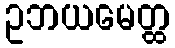
ဥဘယမေတ္ထ